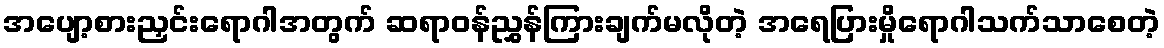
အပျော့စားညှင်းရောဂါအတွက် ဆရာဝန်ညွှန်ကြားချက်မလိုတဲ့ အရေပြားမှိုရောဂါသက်သာစေတဲ့